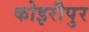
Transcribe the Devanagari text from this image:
कोइरीपुर